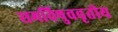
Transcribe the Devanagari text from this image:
समविषुववृतीय